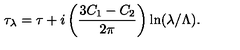
\tau _ { \lambda } = \tau + i \left( \frac { 3 C _ { 1 } - C _ { 2 } } { 2 \pi } \right) \ln ( \lambda / \Lambda ) .